Vaccination in Burma 1920-1933 - 1920-1933
Year: 1920
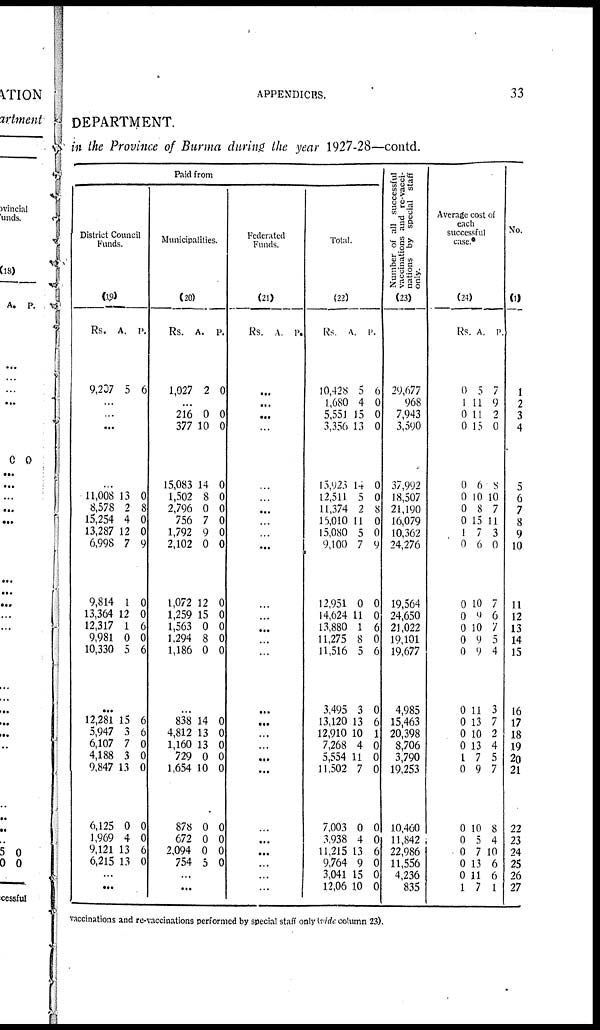
APPENDICES.
33
DEPARTMENT.
in the Province of Burma during the year 1927-28—contd.
Paid from
District Council
Funds.
(19)
Rs.
9,207
A.
5
P.
6
...
...
...
...
11,008
8,578
15,254
13,287
6,998
9,814
13,364
12,317
9,981
10,330
13
2
4
12
7
1
12
1
0
5
0
8
0
0
9
0
0
6
0
6
...
12,281
5,947
6,107
4,188
9,847
6,125
1,969
9,121
6,215
15
3
7
3
13
0
4
13
13
6
6
0
0
0
0
0
6
0
...
...
Municipalities.
(20)
Rs.
1,027
A.
2
P.
0
...
216
377
15,083
1,502
2,796
756
1,792
2,102
1,072
1,259
1,563
1,294
1,186
0
10
14
8
0
7
9
0
12
15
0
8
0
0
0
0
0
0
0
0
0
0
0
0
0
0
...
838
4,812
1,160
729
1,654
878
672
2,094
754
14
13
13
0
10
0
0
0
5
0
0
0
0
0
0
0
0
0
...
...
Federated
Funds.
(21)
Rs. A. P.
...
...
...
...
...
...
...
...
...
...
...
...
...
...
...
...
...
...
...
...
...
...
...
...
...
...
...
Total.
(22)
Rs.
10,428
1,680
5,551
3,356
15,923
12,511
11,374
15,010
15,080
9,100
12,951
14,624
13,880
11,275
11,516
3,495
13,120
12,910
7,268
5,554
11,502
7,003
3,938
11,215
9,764
3,041
12,06
A.
5
4
15
13
14
5
2
11
5
7
0
11
1
8
5
3
13
10
4
11
7
0
4
13
9
15
10
P.
6
0
0
0
0
0
8
0
0
9
0
0
6
0
6
0
6
1
0
0
0
0
0
6
0
0
0
Number of all successful
vaccinations and re-vacci-
nations by special staff
only.
(23)
29,677
968
7,943
3,590
37,992
18,507
21,190
16,079
10,362
24,276
19,564
24,650
21,022
19,101
19,677
4,985
15,463
20,398
8,706
3,790
19,253
10,460
11,842
22,986
11,556
4,236
835
Average cost of
each
successful
case.*
(24)
Rs.
0
1
0
0
0
0
0
0
1
0
0
0
0
0
0
0
0
0
0
1
0
0
0 0
0
0
1
A.
5
11
11
15
6
10
8
15
7
6
10
9
10
9
9
11
13
10
13
7
9
10
5
7
13
11
7
P.
7
9
2
0
8
10
7
11
3
0
7
6
7
5
4
3
7
2
4
5
7
8
4
10
6
6
1
No.
(1)
1
2
3
4
5
6
7
8
9
10
11
12
13
14
15
16
17
18
19
20
21
22
23
24
25
26
27
vaccinations and re-vaccinations performed by special staff only (vide column 23).